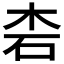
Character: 𱣆